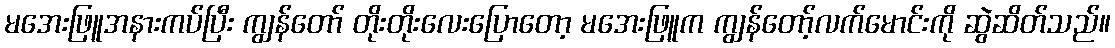
မအေးဖြူအနားကပ်ပြီး ကျွန်တော် တိုးတိုးလေးပြောတော့ မအေးဖြူက ကျွန်တော့်လက်မောင်းကို ဆွဲဆိတ်သည်။